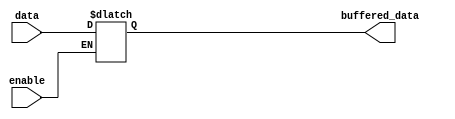
module buffer_enable (
    input data,
    input enable,
    output reg buffered_data
);

always @(*) begin
    if (enable)
        buffered_data = data;
    else
        buffered_data = buffered_data;
end

endmodule